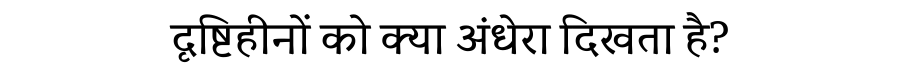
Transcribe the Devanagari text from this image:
दृष्टिहीनों को क्या अंधेरा दिखता है?